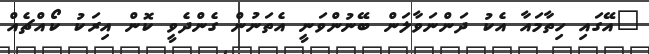
"އޭގައި ހިތާމައާ އެކު ދަންނަވާލަން ބޭނުންވަނީ އެތަނުން ގެންދެވީ ކޮން އިރަކު ކޯއްޗެއް